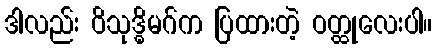
ဒါလည်း ဝိသုဒ္ဓိမဂ်က ပြထားတဲ့ ဝတ္ထုလေးပါ။